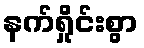
နက်ရှိုင်းစွာ